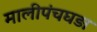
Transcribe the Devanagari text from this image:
मालीपंचघड़ा